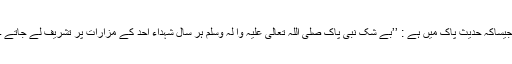
جیساکہ حدیثِ پاک میں ہے : ’’بے شک نبی پاک صَلَّی اللّٰہُ تَعَالٰی عَلَیْہِ وَاٰ لِہٖ وَسَلَّم ہر سال شُہداءِ اُحُد کے مزارات پر تشریف لے جاتے ۔